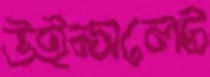
উইন্সলেট